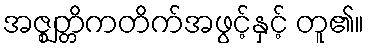
အဇ္ဈတ္တိကတိက်အဖွင့်နှင့် တူ၏။